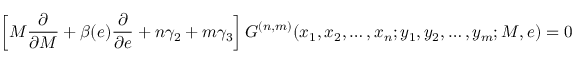
\left[ M { \frac { \partial } { \partial M } } + \beta ( e ) { \frac { \partial } { \partial e } } + n \gamma _ { 2 } + m \gamma _ { 3 } \right] G ^ { ( n , m ) } ( x _ { 1 } , x _ { 2 } , \ldots , x _ { n } ; y _ { 1 } , y _ { 2 } , \ldots , y _ { m } ; M , e ) = 0